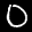
Label: 0